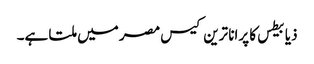
ذیابیطس کا پرانا ترین کیس مصر میں ملتا ہے۔